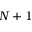
N + 1